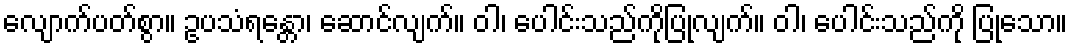
လျောက်ပတ်စွာ။ ဥပသံရန္တော၊ ဆောင်လျက်။ ဝါ၊ ပေါင်းသည်ကိုပြုလျက်။ ဝါ၊ ပေါင်းသည်ကို ပြုသော။